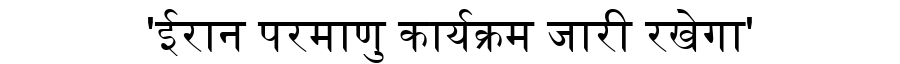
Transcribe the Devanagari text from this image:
'ईरान परमाणु कार्यक्रम जारी रखेगा'